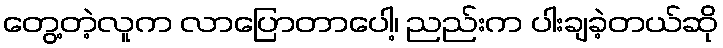
တွေ့တဲ့လူက လာပြောတာပေါ့၊ ညည်းက ပါးချခဲ့တယ်ဆို